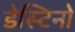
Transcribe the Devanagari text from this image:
डेस्टिनो